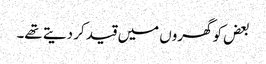
بعض کو گھروں میں قید کر دیتے تھے۔